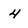
Character: 4